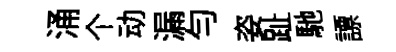
涌个动漏匀姿趾馳謤